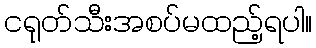
ငရုတ်သီးအစပ်မထည့်ရပါ။